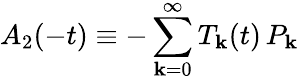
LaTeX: A_{2}(-t)\equiv-\sum_{\mathbf{k}=0}^{\infty}T_{\mathbf{k}}(t)\, P_{\mathbf{k}}